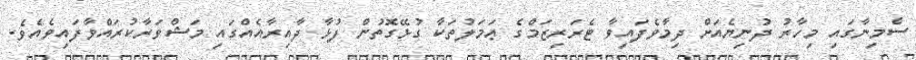
ސެމިނާގައި މިހާރު ދުނިޔެއަށް ދިމާވެފައިވާ ޓެރަރިޒަމްގެ ޢަމަލުތަކާ ގުޅޭގޮތުން ފުޅާ ދާއިރާއެއްގައި މަޝްވަރާކުރައްވާފައިވެއެވެ.